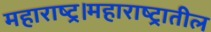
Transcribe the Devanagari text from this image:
महाराष्ट्र।महाराष्ट्रातील